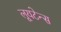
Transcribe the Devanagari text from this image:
लूयटेन्स